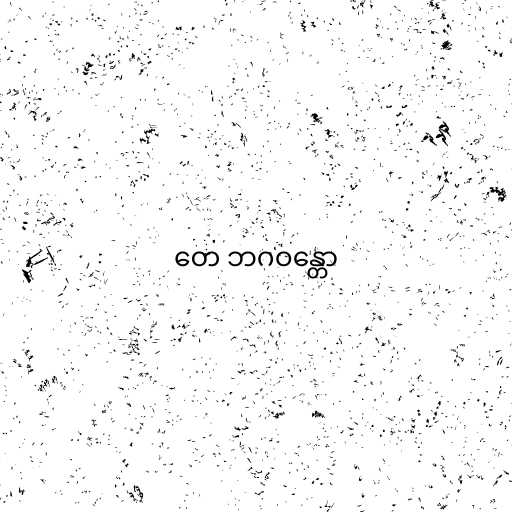
တေ ဘဂဝန္တော